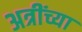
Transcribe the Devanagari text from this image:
अत्रींच्या